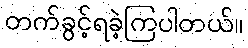
တက်ခွင့်ရခဲ့ကြပါတယ်။